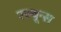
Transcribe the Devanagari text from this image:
रस्थून्स